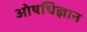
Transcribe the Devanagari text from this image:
ओषधिज्ञान